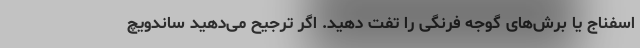
اسفناج یا برش‌های گوجه فرنگی را تفت دهید. اگر ترجیح می‌دهید ساندویچ